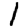
Digit: 1